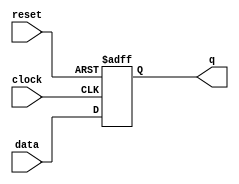
module register (
    input wire clock,       // Clock signal
    input wire reset,       // Asynchronous reset signal
    input wire [7:0] data,  // 8-bit data input
    output reg [7:0] q      // 8-bit data output (register output)
);

// Always block triggered on the rising edge of clock
// or whenever the reset signal is asserted
always @(posedge clock or posedge reset) begin
    if (reset) begin
        // Asynchronous reset: set output to 0 when reset is high
        q <= 8'b0; 
    end else begin
        // On clock edge: load data into the register
        q <= data; 
    end
end

endmodule